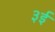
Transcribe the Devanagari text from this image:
३ई